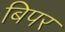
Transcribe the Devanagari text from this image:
बिपर